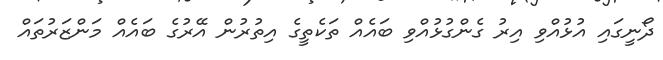
ދޯނީގައި އުޅުއްވި އިރު ގެންގުޅުއްވި ބައެއް ތަކެތީގެ އިތުރުން އޭރުގެ ބައެއް މަންޒަރުތައް